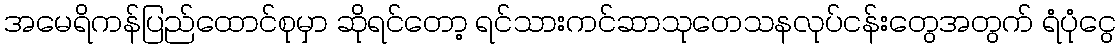
အမေရိကန်ပြည်ထောင်စုမှာ ဆိုရင်တော့ ရင်သားကင်ဆာသုတေသနလုပ်ငန်းတွေအတွက် ရံပုံငွေ